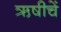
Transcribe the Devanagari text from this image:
ऋषीचें